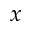
x